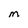
Character: M